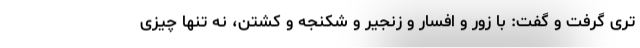
تری گرفت و گفت: با زور و افسار و زنجیر و شکنجه و کشتن، نه تنها چیزی